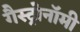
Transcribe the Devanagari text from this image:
गैस्ट्रोनॉमी